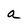
Character: a